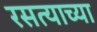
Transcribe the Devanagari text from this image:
रसत्याच्या